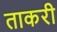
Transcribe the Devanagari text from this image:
ताकरी